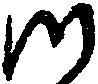
つ